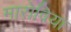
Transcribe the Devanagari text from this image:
मारोविया